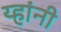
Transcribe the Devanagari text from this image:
य्हांनी